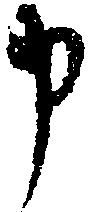
申